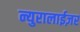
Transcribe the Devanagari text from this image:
न्युरालाईज़र